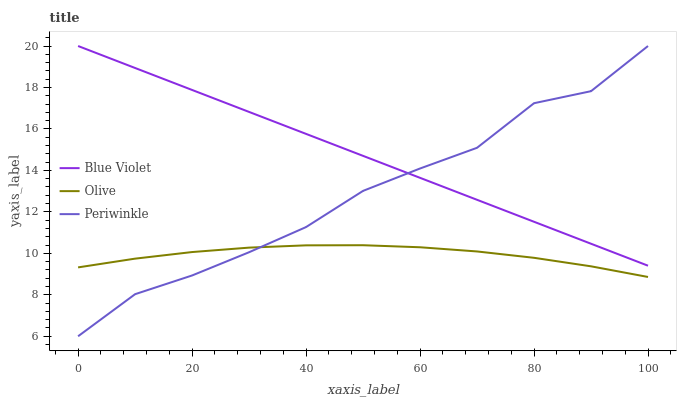
| xaxis_label | Blue Violet | Olive | Periwinkle |
 | --- | --- | --- | --- |
 | 0 | 20 | 9.32 | 6 |
 | 10 | 18.9 | 9.74 | 8.03 |
 | 20 | 17.9 | 10.1 | 8.93 |
 | 30 | 16.8 | 10.3 | 10.1 |
 | 40 | 15.8 | 10.4 | 11.3 |
 | 50 | 14.7 | 10.4 | 13 |
 | 60 | 13.6 | 10.3 | 14.1 |
 | 70 | 12.6 | 10.1 | 15.1 |
 | 80 | 11.5 | 9.78 | 17.2 |
 | 90 | 10.5 | 9.37 | 17.8 |
 | 100 | 9.4 | 8.86 | 20 |